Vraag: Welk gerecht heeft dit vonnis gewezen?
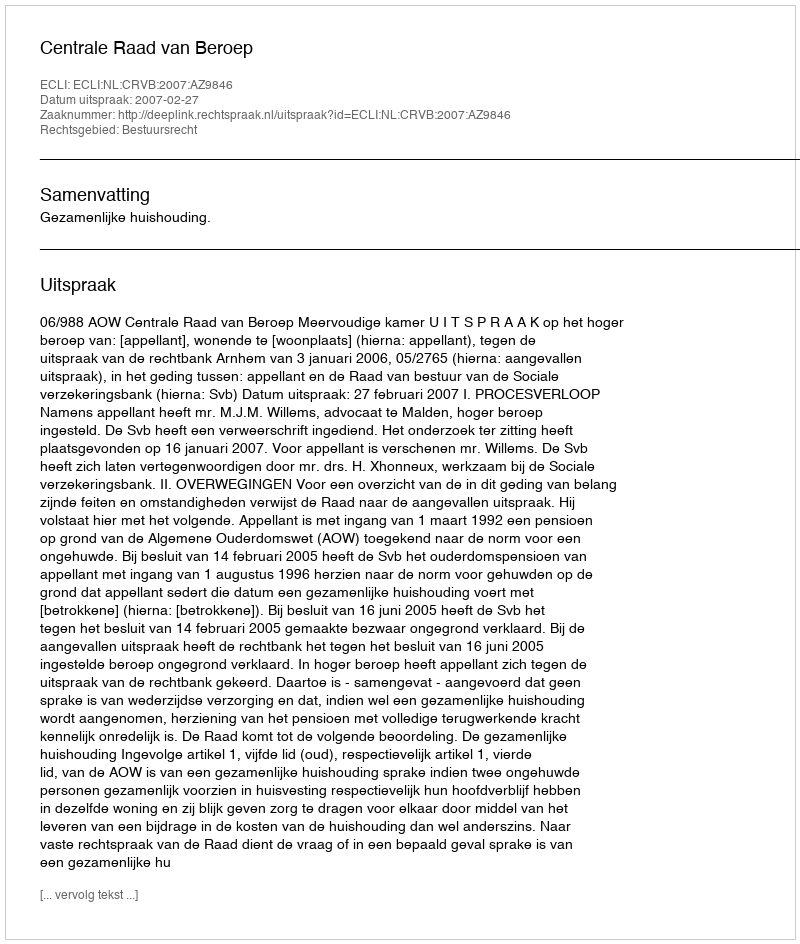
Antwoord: Centrale Raad van Beroep